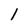
Character: 1